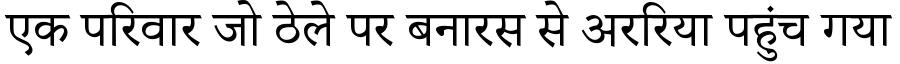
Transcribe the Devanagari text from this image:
एक परिवार जो ठेले पर बनारस से अररिया पहुंच गया